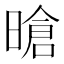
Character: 𪰻